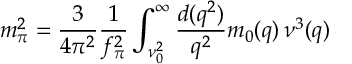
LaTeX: m _ { \pi } ^ { 2 } = \frac { 3 } { 4 \pi ^ { 2 } } \frac { 1 } { f _ { \pi } ^ { 2 } } \int _ { \nu _ { 0 } ^ { 2 } } ^ { \infty } \frac { d ( q ^ { 2 } ) } { q ^ { 2 } } m _ { 0 } ( q ) \, \nu ^ { 3 } ( q )